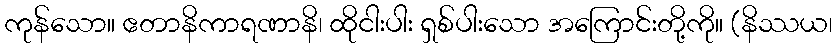
ကုန်သော။ ဧတာနိကာရဏာနိ၊ ထိုငါးပါး ရှစ်ပါးသော အကြောင်းတို့ကို။ (နိဿယ၊